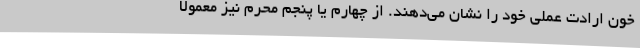
خون ارادت عملی خود را نشان می‌دهند. از چهارم یا پنجم محرم نیز معمولا